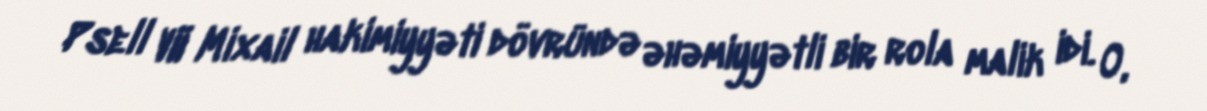
Psell VII Mixail hakimiyyəti dövründə əhəmiyyətli bir rola malik idi. O,